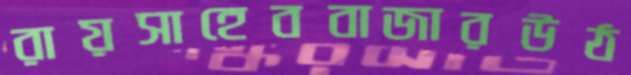
রায়সাহেববাজারউঠ